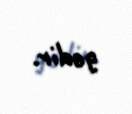
gedir.